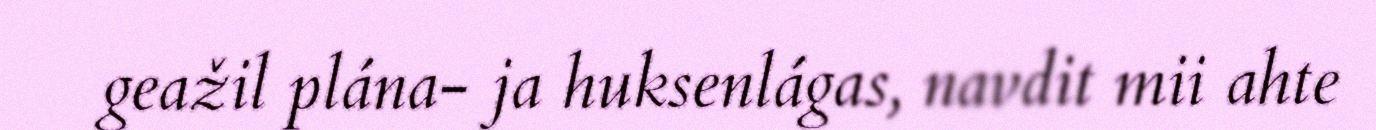
geažil plána- ja huksenlágas, navdit mii ahte